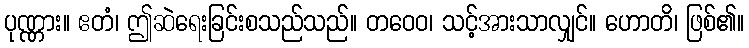
ပုဏ္ဏား။ ဧတံ၊ ဤဆဲရေးခြင်းစသည်သည်။ တဝေဝ၊ သင့်အားသာလျှင်။ ဟောတိ၊ ဖြစ်၏။